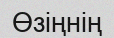
Өзіңнің